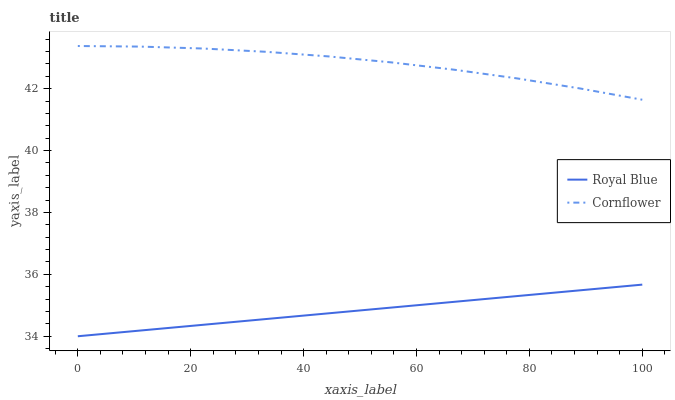
| xaxis_label | Royal Blue | Cornflower |
 | --- | --- | --- |
 | 0 | 34 | 43.4 |
 | 11.1 | 34.2 | 43.4 |
 | 22.2 | 34.4 | 43.3 |
 | 33.3 | 34.6 | 43.2 |
 | 44.4 | 34.7 | 43 |
 | 55.6 | 34.9 | 42.8 |
 | 66.7 | 35.1 | 42.6 |
 | 77.8 | 35.3 | 42.3 |
 | 88.9 | 35.5 | 42 |
 | 100 | 35.7 | 41.6 |